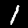
Digit: 1